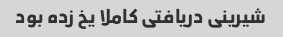
شیرینی دریافتی کاملا یخ زده بود